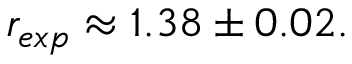
r _ { e x p } \approx 1 . 3 8 \pm 0 . 0 2 .